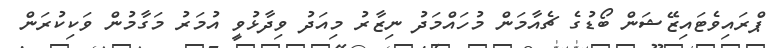
ޕްރައިވެޓައިޒޭޝަން ބޯޑުގެ ޗެއާމަން މުހައްމަދު ނިޒާރު މިއަދު ވިދާޅުވީ އުމަރު މަގާމުން ވަކިކުރަން